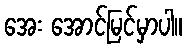
အေး အောင်မြင်မှာပါ။